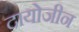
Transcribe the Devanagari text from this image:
दायोजीन